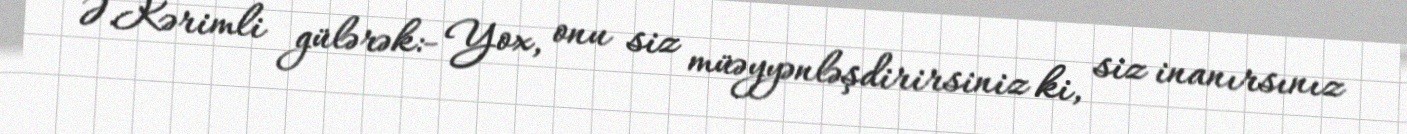
Ə.Kərimli gülərək:- Yox, onu siz müəyyənləşdirirsiniz ki, siz inanırsınız